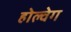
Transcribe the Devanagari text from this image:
होल्वेग